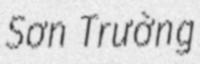
Sơn Trường